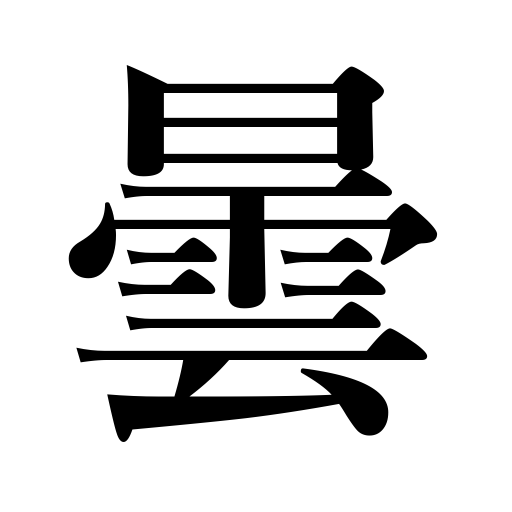
Meanings: be blurred,become dim,be gloomy,cloud up,fog up